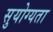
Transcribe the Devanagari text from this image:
सुयोग्यता